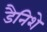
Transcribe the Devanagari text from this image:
डैनिशे